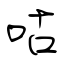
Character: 咕